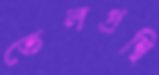
তেলগ্রন্থি